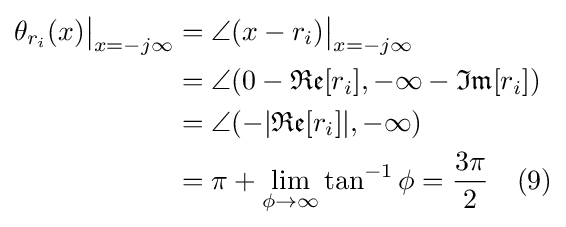
{\begin{aligned}\theta _{r_{i}}(x){\big |}_{x=-j\infty }&=\angle (x-r_{i}){\big |}_{x=-j\infty }\\&=\angle (0-{\mathfrak {Re}}[r_{i}],-\infty -{\mathfrak {Im}}[r_{i}])\\&=\angle (-|{\mathfrak {Re}}[r_{i}]|,-\infty )\\&=\pi +\lim _{\phi \to \infty }\tan ^{-1}\phi ={\frac {3\pi }{2}}\quad (9)\\\end{aligned}}